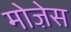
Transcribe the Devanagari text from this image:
मोजे़स